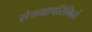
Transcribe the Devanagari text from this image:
संख्यापरिमितं